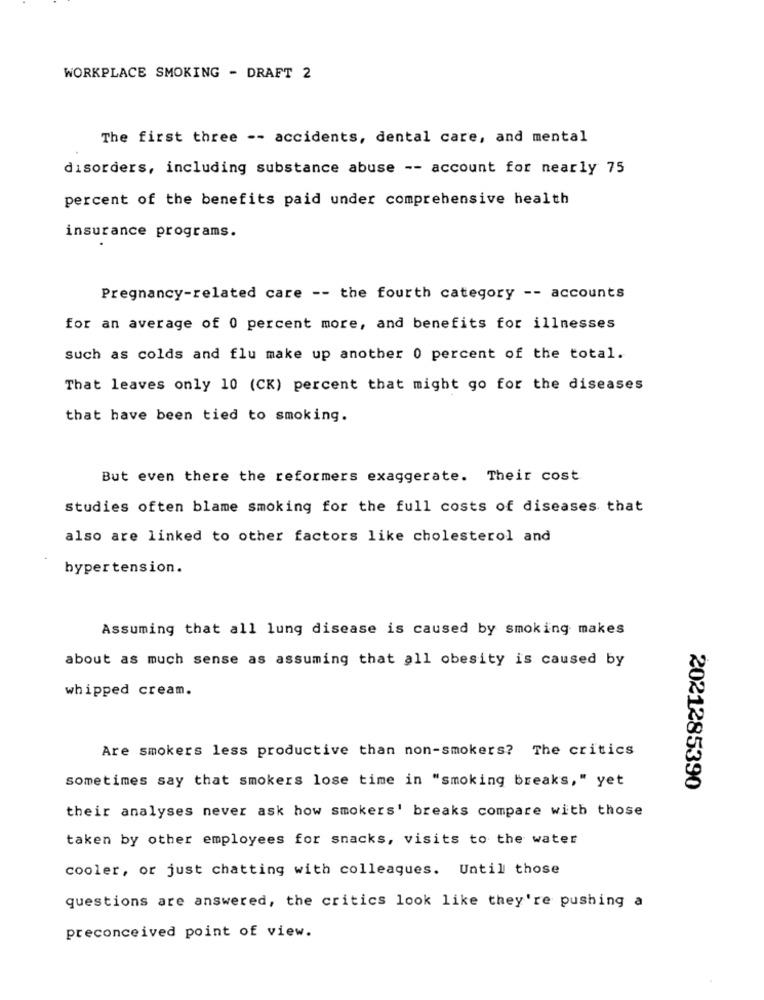
WORKPLACE SMOKING - DRAFT 2
The first three -- accidents, dental care, and mental
disorders, including substance abuse -- account for nearly 75
percent of the benefits paid under comprehensive health
insurance programs.
Pregnancy-related care -- the fourth category -- accounts
for an average of 0 percent more, and benefits for illnesses
such as colds and flu make up another 0 percent of the total.
That leaves only 10 (CK) percent that might go for the diseases
that have been tied to smoking.
But even there the reformers exaggerate. Their cost
studies often blame smoking for the full costs of diseases that
also are linked to other factors like cholesterol and
hypertension.
Assuming that all lung disease is caused by smoking makes
about as much sense as assuming that all obesity is caused by
whipped cream.
Are smokers less productive than non-smokers? The critics
sometimes say that smokers lose time in "smoking breaks," yet
2021285390
their analyses never ask how smokers' breaks compare with those
taken by other employees for snacks, visits to the water
cooler, or just chatting with colleagues. Until those
questions are answered, the critics look like they're pushing a
preconceived point of view.